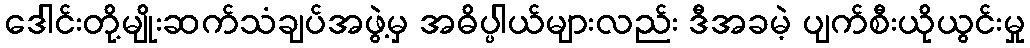
ဒေါင်းတို့မျိုးဆက်သံချပ်အဖွဲ့မှ အဓိပ္ပါယ်များလည်း ဒီအခမဲ့ ပျက်စီးယိုယွင်းမှု